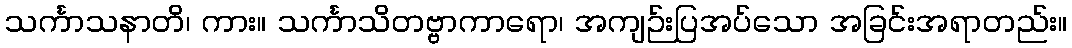
သင်္ကာသနာတိ၊ ကား။ သင်္ကာသိတဗ္ဗာကာရော၊ အကျဉ်းပြအပ်သော အခြင်းအရာတည်း။